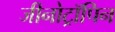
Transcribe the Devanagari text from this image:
जीनोट्रॉपिन